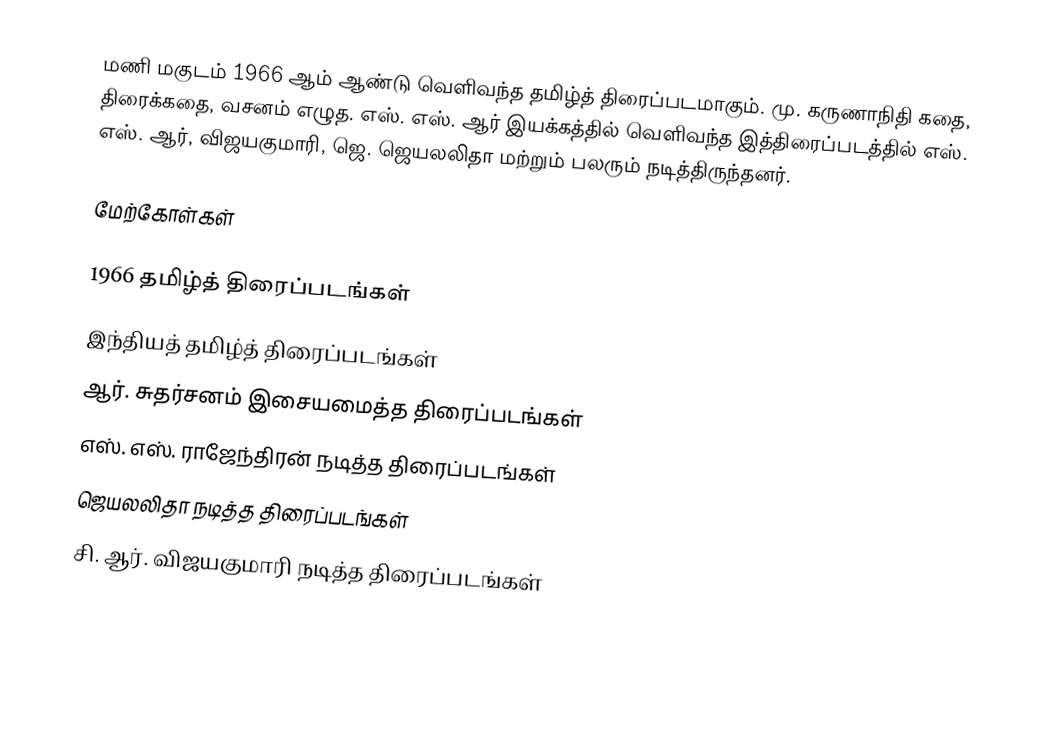
மணி மகுடம் 1966 ஆம் ஆண்டு வெளிவந்த தமிழ்த் திரைப்படமாகும்.  மு. கருணாநிதி கதை, திரைக்கதை, வசனம் எழுத. எஸ். எஸ். ஆர் இயக்கத்தில் வெளிவந்த இத்திரைப்படத்தில் எஸ். எஸ். ஆர், விஜயகுமாரி, ஜெ. ஜெயலலிதா மற்றும் பலரும் நடித்திருந்தனர்.

மேற்கோள்கள்

1966 தமிழ்த் திரைப்படங்கள்
இந்தியத் தமிழ்த் திரைப்படங்கள்
ஆர். சுதர்சனம் இசையமைத்த திரைப்படங்கள்
எஸ். எஸ். ராஜேந்திரன் நடித்த திரைப்படங்கள்
ஜெயலலிதா நடித்த திரைப்படங்கள்
சி. ஆர். விஜயகுமாரி நடித்த திரைப்படங்கள்